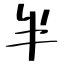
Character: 半